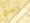
انقلب